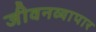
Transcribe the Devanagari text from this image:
जीवनव्यापार